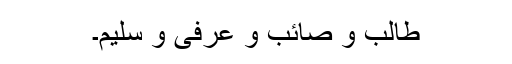
طالب و صائب و عُرفی و سلیم۔